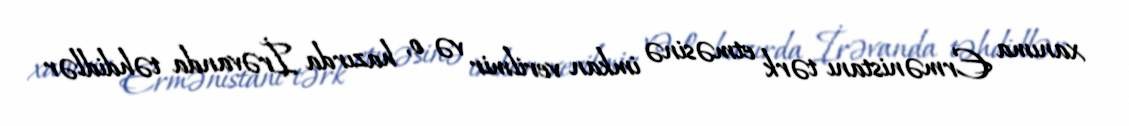
xanıma Ermənistanı tərk etməsinə imkan verilmir və o, hazırda İrəvanda təhdidlər